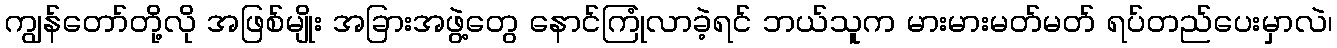
ကျွန်တော်တို့လို အဖြစ်မျိုး အခြားအဖွဲ့တွေ နောင်ကြုံလာခဲ့ရင် ဘယ်သူက မားမားမတ်မတ် ရပ်တည်ပေးမှာလဲ၊